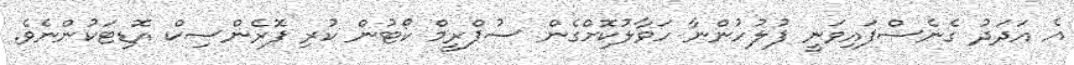
އެ އަދަދު ގެނެސްފައިވަނީ ފުލުހުންނާ ހަވާލުކޮށްގެން ސުޕްރީމް ކޯޓުން ކުރި ފޮރެންސިކް އޮޑިޓަކުންނެވެ.